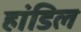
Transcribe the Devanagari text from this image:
हांडिल